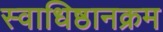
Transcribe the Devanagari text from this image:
स्वाधिष्ठानक्रम